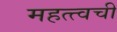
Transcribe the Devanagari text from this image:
महत्त्वची